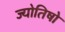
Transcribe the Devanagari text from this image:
ज्योतिषो